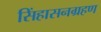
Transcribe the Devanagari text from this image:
सिंहासनग्रहण